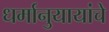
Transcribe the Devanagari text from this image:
धर्मानुयायांचे